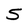
Character: S